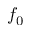
f _ { 0 }